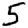
Digit: 5